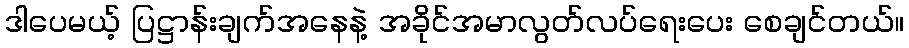
ဒါပေမယ့် ပြဋ္ဌာန်းချက်အနေနဲ့ အခိုင်အမာလွတ်လပ်ရေးပေး စေချင်တယ်။